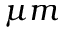
\mu m